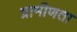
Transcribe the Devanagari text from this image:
ग्रामीणता